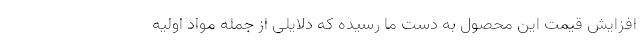
افزایش قیمت این محصول به دست ما رسیده که دلایلی از جمله مواد اولیه